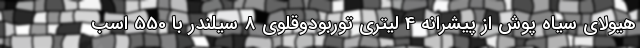
هیولای سیاه پوش از پیشرانه 4 لیتری توربودوقلوی 8 سیلندر با 550 اسب